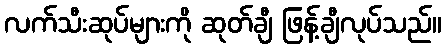
လက်သီးဆုပ်များကို ဆုတ်ချီ ဖြန့်ချီလုပ်သည်။